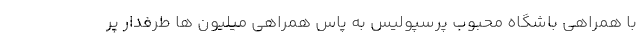
با همراهی باشگاه محبوب پرسپولیس به پاس همراهی میلیون ها طرفدار پر